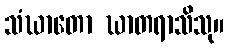
သံဃာတော ဃာတရာသိသု။